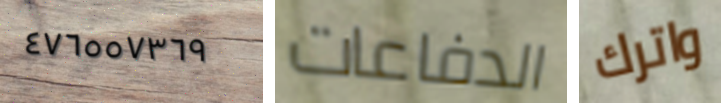
٤٧٦٥٥٧٣٦٩ الدفاعات واترك